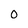
Character: 0